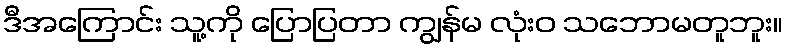
ဒီအကြောင်း သူ့ကို ပြောပြတာ ကျွန်မ လုံးဝ သဘောမတူဘူး။